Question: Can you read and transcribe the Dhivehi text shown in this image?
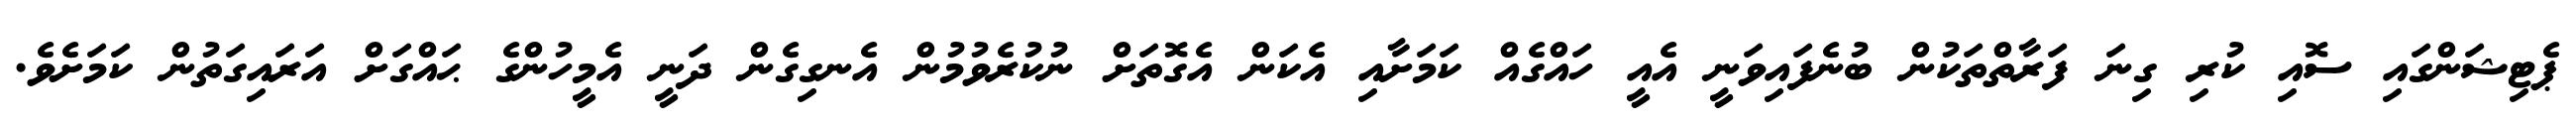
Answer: ޕެޓިޝަންގައި ސޮއި ކުރި ގިނަ ފަރާތްތަކުން ބުނެފައިވަނީ އެއީ ހައްގެއް ކަމަށާއި އެކަން އެގޮތަށް ނުކުރެވުމުން އެނގިގެން ދަނީ އެމީހުންގެ ޙައްގަށް އަރައިގަތުން ކަމަށެވެ.